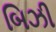
બિઝી